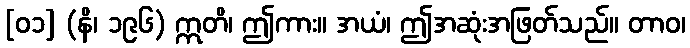
[၀၁] (နိ၊ ၁၉၆) ဣတိ၊ ဤကား။ အယံ၊ ဤအဆုံးအဖြတ်သည်။ တာဝ၊